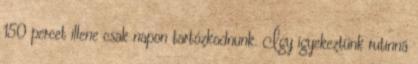
150 percet illene csak napon tartózkodnunk. Így igyekeztünk rutinná